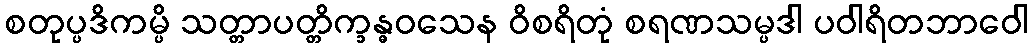
စတုပ္ပဒိကမ္ပိ သတ္တာပတ္တိက္ခန္ဓဝသေန ဝိစရိတုံ စရဏသမ္ပဒါ ပဝါရိတဘာဝေါ